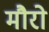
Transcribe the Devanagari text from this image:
मौरो